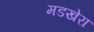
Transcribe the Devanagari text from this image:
मडखेरा